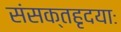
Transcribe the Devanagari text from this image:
संसक्तहृदयाः